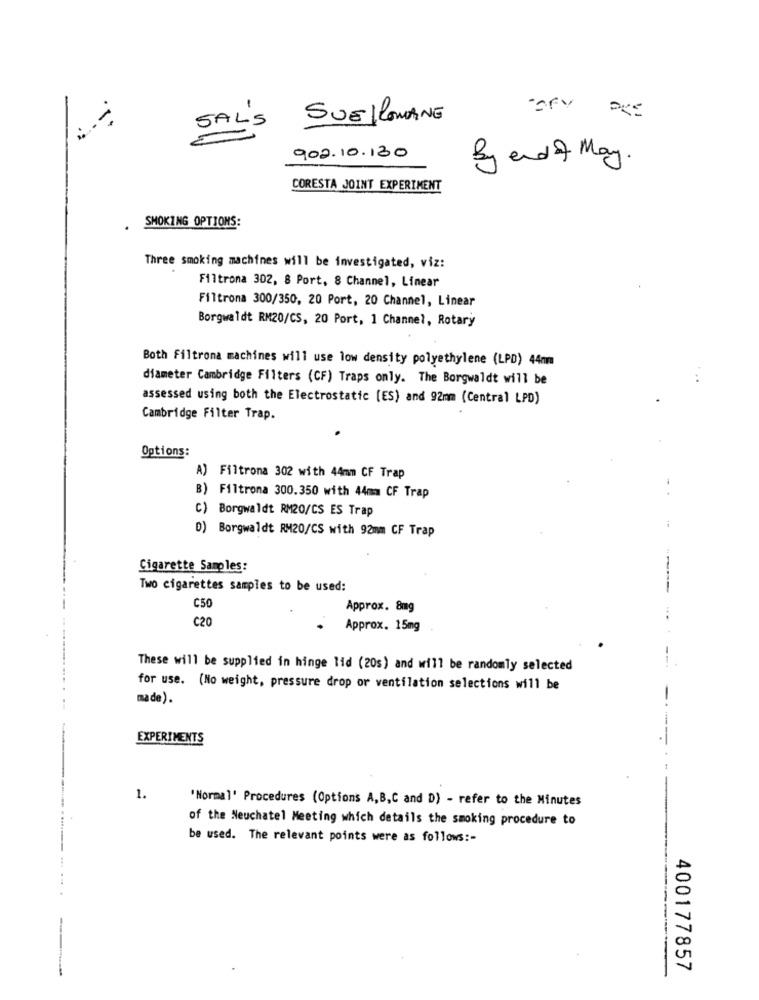
SUE ROMANE
SAL'S
902.10.130
By end of May.
CORESTA JOINT EXPERIMENT
SMOKING OPTIONS:
Three smoking machines will be investigated, viz:
Filtrona 302, 8 Port, 8 Channel, Linear
Filtrona 300/350, 20 Port, 20 Channel, Linear
Borgwaldt RM20/CS, 20 Port, 1 Channel, Rotary
Both Filtrona machines will use low density polyethylene (LPD) 44mm
diameter Cambridge Filters (CF) Traps only. The Borgwaldt will be
..
assessed using both the Electrostatic [ES) and 92mm (Central LPD)
Cambridge Filter Trap.
Options:
A) Filtrona 302 with 44mm CF Trap
B) Filtrona 300.350 with 44mm CF Trap
C) Borgwaldt RM20/CS ES Trap
D) Borgwaldt RM20/CS with 92mm CF Trap
Cigarette Samples:
Two cigarettes samples to be used:
C50
Approx. 8mg
C20
Approx. 15mg
These will be supplied in hinge lid (20s) and will be randomly selected
for use. (No weight, pressure drop or ventilation selections will be
made ).
EXPERIMENTS
1.
'Normal' Procedures (Options A,B,C and D) - refer to the Minutes
of the Neuchatel Meeting which details the smoking procedure to
be used. The relevant points were as follows :-
-
400177857